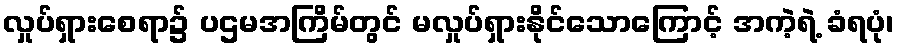
လှုပ်ရှားစေရာ၌ ပဌမအကြိမ်တွင် မလှုပ်ရှားနိုင်သောကြောင့် အကဲ့ရဲ့ ခံရပုံ၊